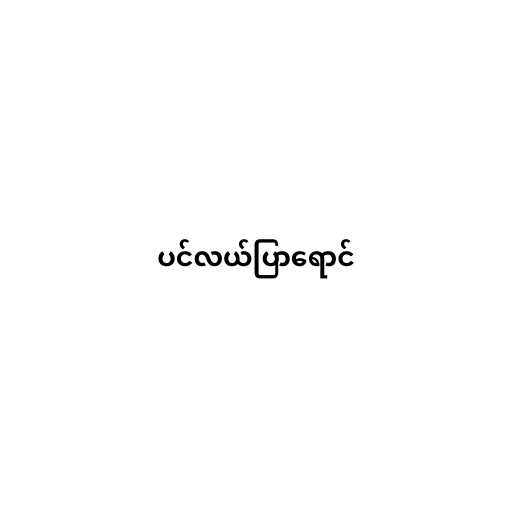
ပင်လယ်ပြာရောင်